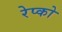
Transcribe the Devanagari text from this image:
रेप्को